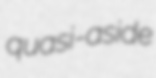
quasi-aside